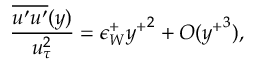
\frac { \overline { { u ^ { \prime } u ^ { \prime } } } ( y ) } { u _ { \tau } ^ { 2 } } = \epsilon _ { W } ^ { + } { y ^ { + } } ^ { 2 } + O ( { y ^ { + } } ^ { 3 } ) ,